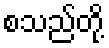
စသည်တို့